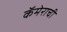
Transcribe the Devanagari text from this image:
कॅमेराची